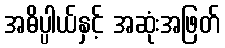
အဓိပ္ပါယ်နှင့် အဆုံးအဖြတ်